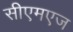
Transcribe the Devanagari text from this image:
सीएमएज